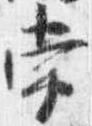
常